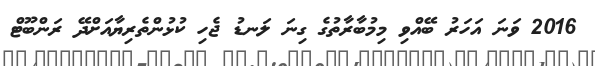
2016 ވަނަ އަހަރު ބޭއްވި މިމުބާރާތުގެ ގިނަ ލަނޑު ޖެހި ކުޅުންތެރިޔާއަށްދޭ ރަންބޫޓް